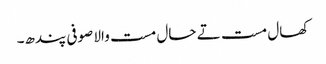
کھال مست تے حال مست والا صوفی پندھ۔